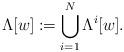
LaTeX: \begin{align*}\Lambda[w]:=\bigcup_{i=1}^N\Lambda^i[w].\end{align*}